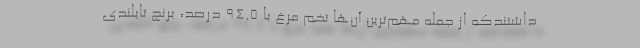
داشتندکه از جمله مهم‌ترین آن‌ها تخم مرغ با ۹۴.۵ درصد، برنج تایلندی